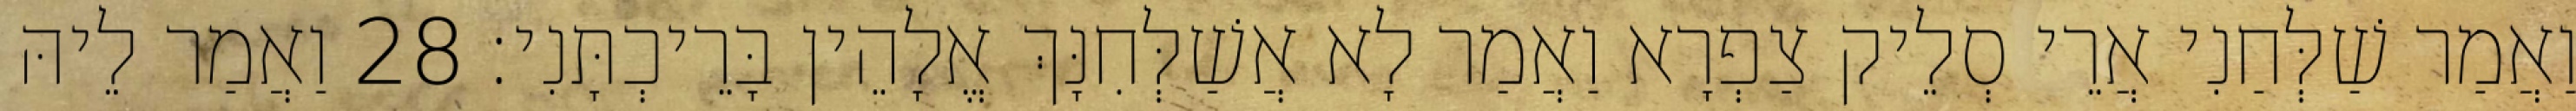
וַאֲמַר שַׁלְּחַנִי אֲרֵי סְלֵיק צַפְרָא וַאֲמַר לָא אֲשַׁלְּחִנָּךְ אֱלָהֵין בָּרֵיכְתָּנִי׃ 28 וַאֲמַר לֵיהּ